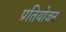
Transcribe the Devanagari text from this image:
प्रतियोजन